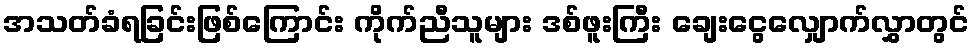
အသတ်ခံရခြင်းဖြစ်ကြောင်း ကိုက်ညီသူများ ဒစ်ဖူးကြီး ချေးငွေလျှောက်လွှာတွင်